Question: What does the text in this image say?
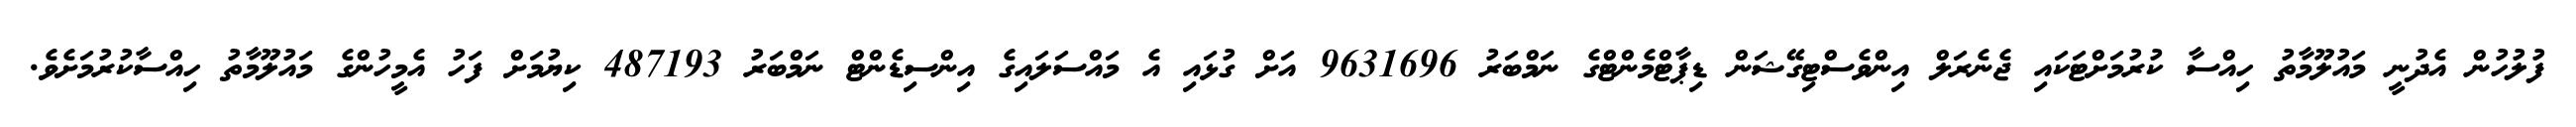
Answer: ފުލުހުން އެދުނީ މައުލޫމާތު ހިއްސާ ކުރުމަށްޓަކައި ޖެނެރަލް އިންވެސްޓިގޭޝަން ޑިޕާޓްމެންޓްގެ ނަމްބަރު 9631696 އަށް ގުޅައި އެ މައްސަލައިގެ އިންސިޑެންޓް ނަމްބަރު 487193 ކިޔުމަށް ފަހު އެމީހުންގެ މައުލޫމާތު ހިއްސާކުރުމަށެވެ.